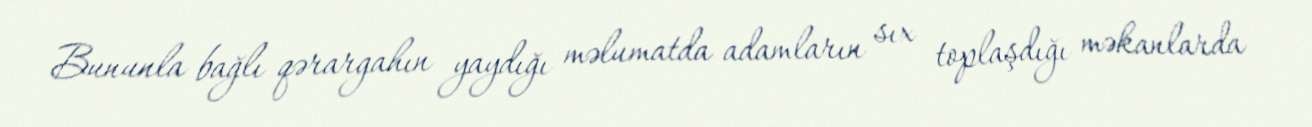
Bununla bağlı qərargahın yaydığı məlumatda adamların sıx toplaşdığı məkanlarda